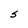
Character: S